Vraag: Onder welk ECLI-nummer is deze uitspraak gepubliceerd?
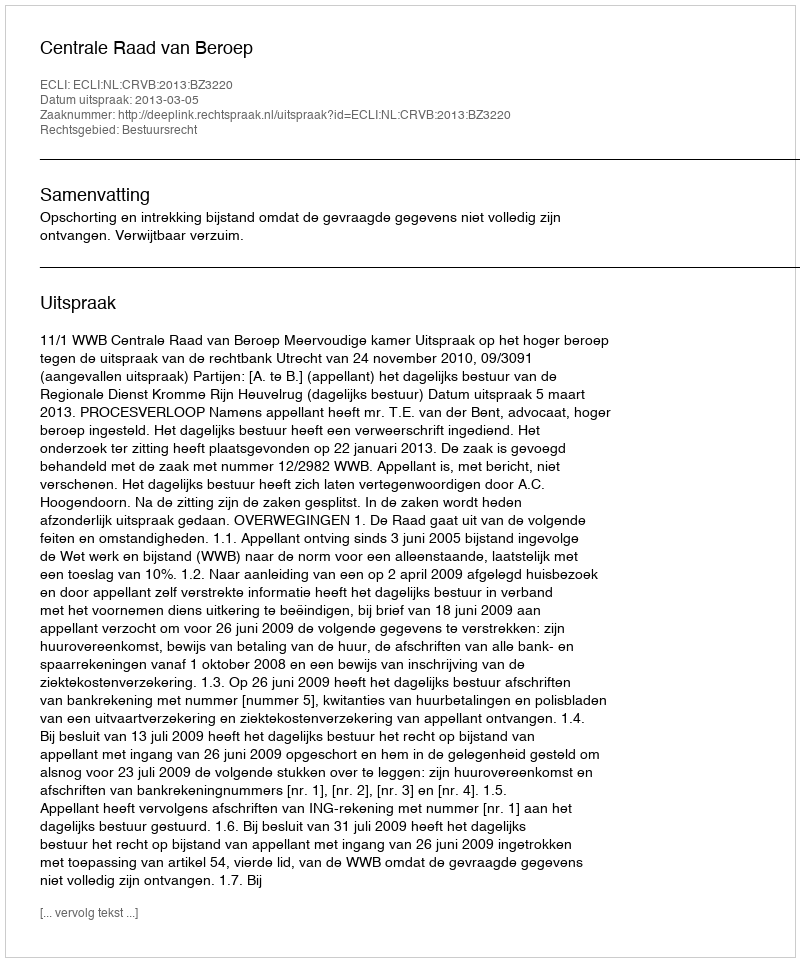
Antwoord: ECLI:NL:CRVB:2013:BZ3220